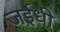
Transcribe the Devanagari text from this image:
जईधी